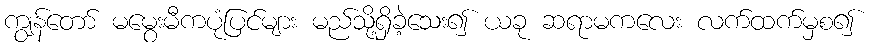
ကျွန်တော် မမွေးမီကပုံပြင်များ မည်သို့ရှိခဲ့သေး၍ ယခု ဆရာမကလေး လက်ထက်မှစ၍